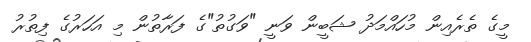
މީގެ ތެރެއިން މުހައްމަދު ޝަބީން ވަނީ "ވަގުތު"ގެ ފަރާތުން މި އަހަރުގެ ފިތުރު